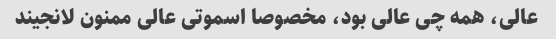
عالی، همه چی عالی بود، مخصوصا اسموتی عالی ممنون لانجیند